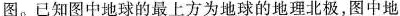
图。已知图中地球的最上方为地球的地理北极，图中地